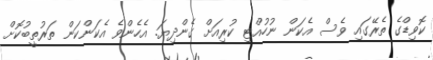
ކޮވިޑްގެ ތެރޭގައި ވެސް އެކަން ނުހުއްޓި ކުރިއަށް ގެންދިޔަ. އެހެންވެ އެކަންކަން ތަރުތީބުކޮށް